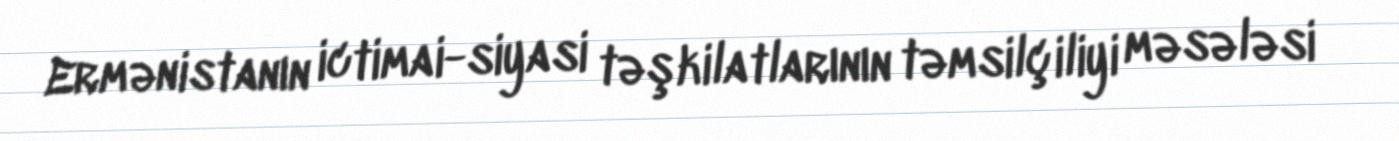
Ermənistanın ictimai-siyasi təşkilatlarının təmsilçiliyi məsələsi